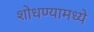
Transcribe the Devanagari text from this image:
शोधण्यामध्ये